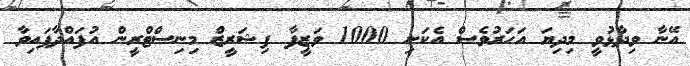
އޭނާ ވިދާޅުވީ މިދިޔަ އަހަރުވެސް އެކަނި 1000 ވަޒީފާ ފިޝަރީޒް މިނިސްޓްރީން އުފައްދާފައިވާ